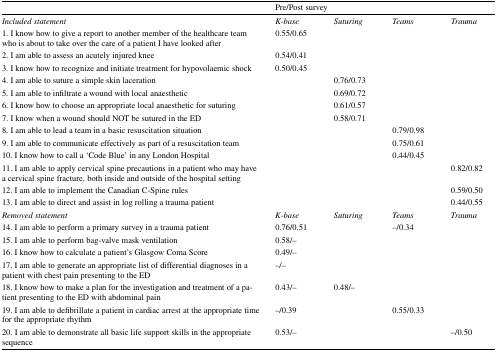
|  | <COLSPAN=4> Pre/Post survey |
 | --- | --- | --- | --- | --- |
 | Included statement | K-base | Suturing | Teams | Trauma |
 | 1. I know how to give a report to another member of the healthcare team who is about to take over the care of a patient I have looked after | 0.55/0.65 |  |  |  |
 | 2. I am able to assess an acutely injured knee | 0.54/0.41 |  |  |  |
 | 3. I know how to recognize and initiate treatment for hypovolaemic shock | 0.50/0.45 |  |  |  |
 | 4. I am able to suture a simple skin laceration |  | 0.76/0.73 |  |  |
 | 5. I am able to infiltrate a wound with local anaesthetic |  | 0.69/0.72 |  |  |
 | 6. I know how to choose an appropriate local anaesthetic for suturing |  | 0.61/0.57 |  |  |
 | 7. I know when a wound should NOT be sutured in the ED |  | 0.58/0.71 |  |  |
 | 8. I am able to lead a team in a basic resuscitation situation |  |  | 0.79/0.98 |  |
 | 9. I am able to communicate effectively as part of a resuscitation team |  |  | 0.75/0.61 |  |
 | 10. I know how to call a ‘Code Blue’ in any London Hospital |  |  | 0.44/0.45 |  |
 | 11. I am able to apply cervical spine precautions in a patient who may have a cervical spine fracture, both inside and outside of the hospital setting |  |  |  | 0.82/0.82 |
 | 12. I am able to implement the Canadian C‐Spine rules |  |  |  | 0.59/0.50 |
 | 13. I am able to direct and assist in log rolling a trauma patient |  |  |  | 0.44/0.55 |
 | Removed statement | K-base | Suturing | Teams | Trauma |
 | 14. I am able to perform a primary survey in a trauma patient | 0.76/0.51 |  | –/0.34 |  |
 | 15. I am able to perform bag-valve mask ventilation | 0.58/– |  |  |  |
 | 16. I know how to calculate a patient’s Glasgow Coma Score | 0.49/– |  |  |  |
 | 17. I am able to generate an appropriate list of differential diagnoses in a patient with chest pain presenting to the ED | –/– |  |  |  |
 | 18. I know how to make a plan for the investigation and treatment of a patient presenting to the ED with abdominal pain | 0.43/– | 0.48/– |  |  |
 | 19. I am able to defibrillate a patient in cardiac arrest at the appropriate time for the appropriate rhythm | –/0.39 |  | 0.55/0.33 |  |
 | 20. I am able to demonstrate all basic life support skills in the appropriate sequence | 0.53/– |  |  | –/0.50 |